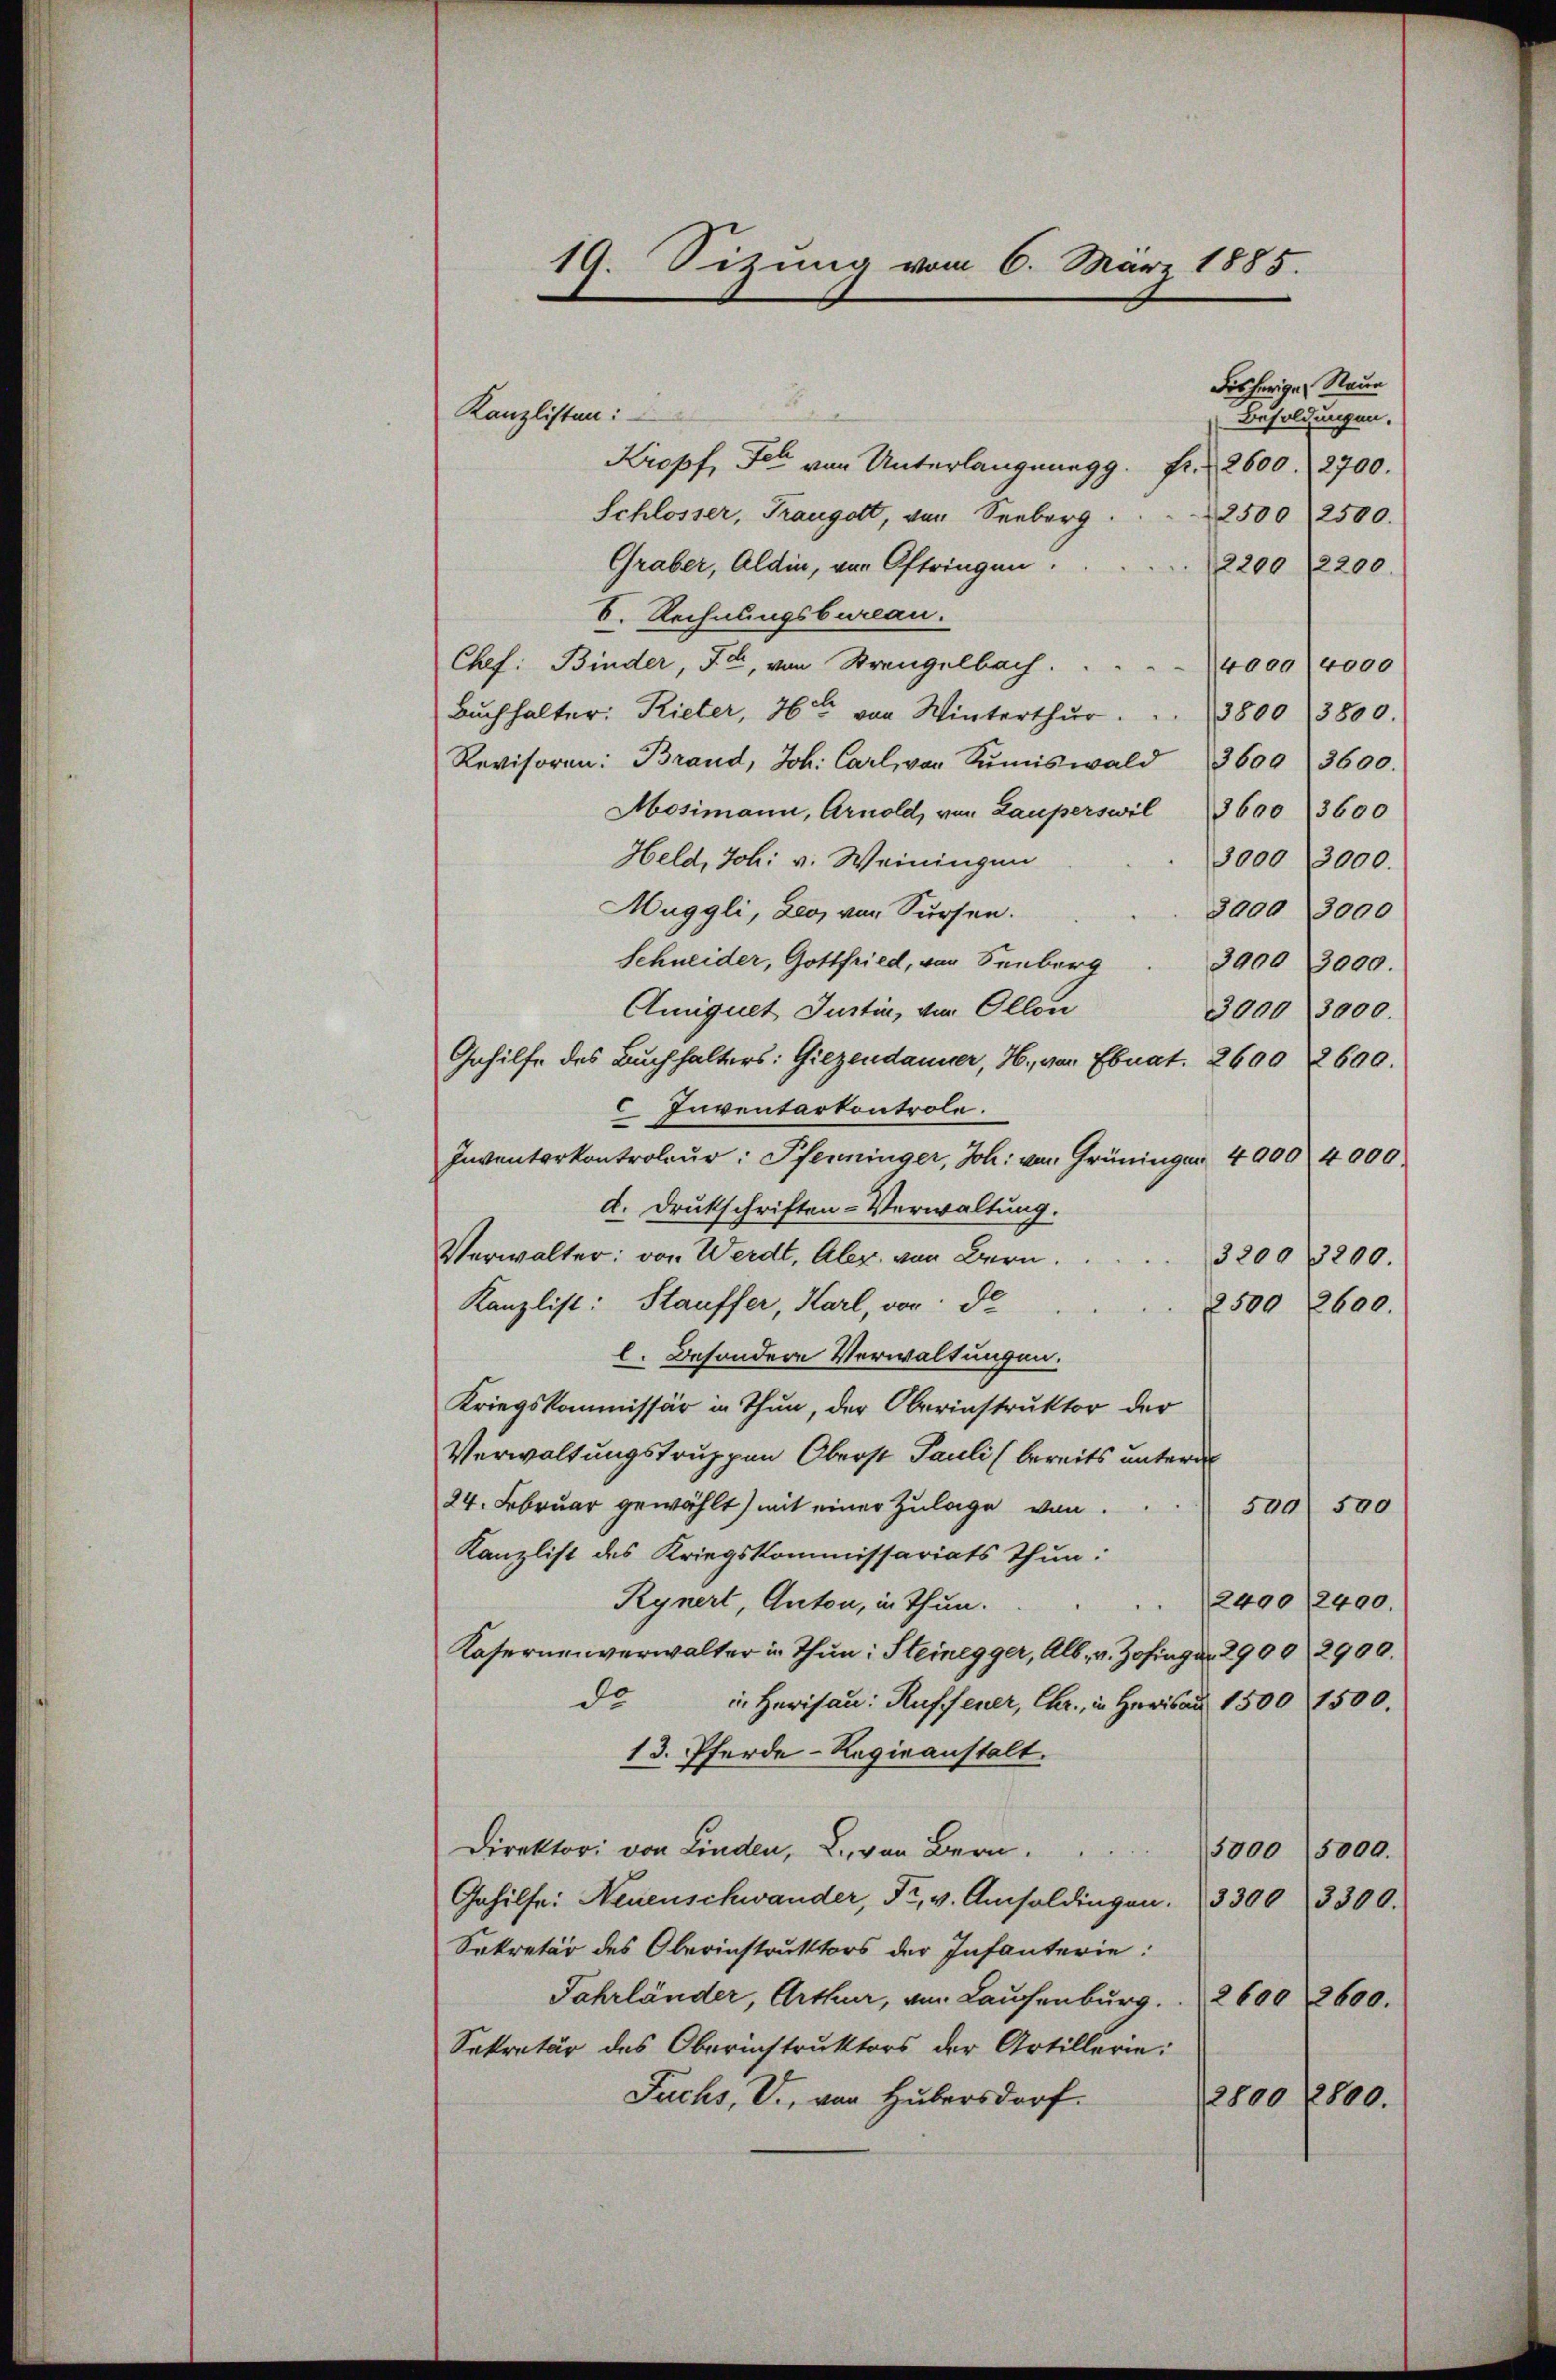
Fisherigen Raun
Kanzlisten:
Besoldungen.
Kropf, Ich von Unterlangnung g. Fr. 2600. 2700.
Schlosser, Traugott, von Seeberg
2500 (2500.
Graber, Aldin, von Oftringen.
2200 (12200.
S. Rechnungsbureau.
Chef: Binder, Ja, von Strengelbach.
40000000
Buchhalter: Rieter, 76 von Winterthŭr . . . 3800 3800.
Revisoren: Brand, Joh. Carl, von Sŭmiswald 3600 3600.
Mosimann, Arnold, von Lauperswil 3600 3600
Held, Joh. v. Weiningen
3000 3000.
Muggli, Leo, von Sursen.
2000 3000
Schneider, Gottfried, von Senberg
3900 3000.
Aniquet Justiz, von Ollon
3000 3000.
Gehilfe des Buchhalters: Giezendamer, H., von Ebnat. 2600 2600.
Inventarkontrole.
e
c
Inventerkontroleur: Pfenninger, Joh. von Grüningen 4900 4000
d. Drukschriften-Verwaltung.
Verwalter: von Werdt, Abr. von Bern.
3200 3200.
Kanzlist: Stauffer, Karl, vor de
2500 2600.
l. Besondere Verwaltungen.
Kriegskommissär in Thun, der Oberinstruktor der
Verwaltungstruppen Oberst Pauli bereits untern
24. Februar gewählt) mit einer Zulage von
509 500
Kanzlist des Kriegskommissariats Thun:
2400/2400.
Rynert, Anton, in Thun.
Kasernenverwalter in Thun: Steinegger, Alb., v. Zofinger 2900 2900.
de
in Herisau: Ruffener, Chr., in Heris ad 1500 1500.
13. Pferde-Regieanstalt.
Direktor von Linden, 2., von Bern.
3000 15000.
Gehilfe: Neuenschwander, Fr. v. Amsoldingen. 3300 3300.
Sekretär des Oberinstruktors der Infanterie:
Jahrländer, Arthur, von Laufenburg. 2600 2600.
Sekretär des Oberinstruktors der Artillerie:
Fuchs, V., von Hubersdorf.
2800 2800.

19. Sitzung vom 6. Mär 1885.